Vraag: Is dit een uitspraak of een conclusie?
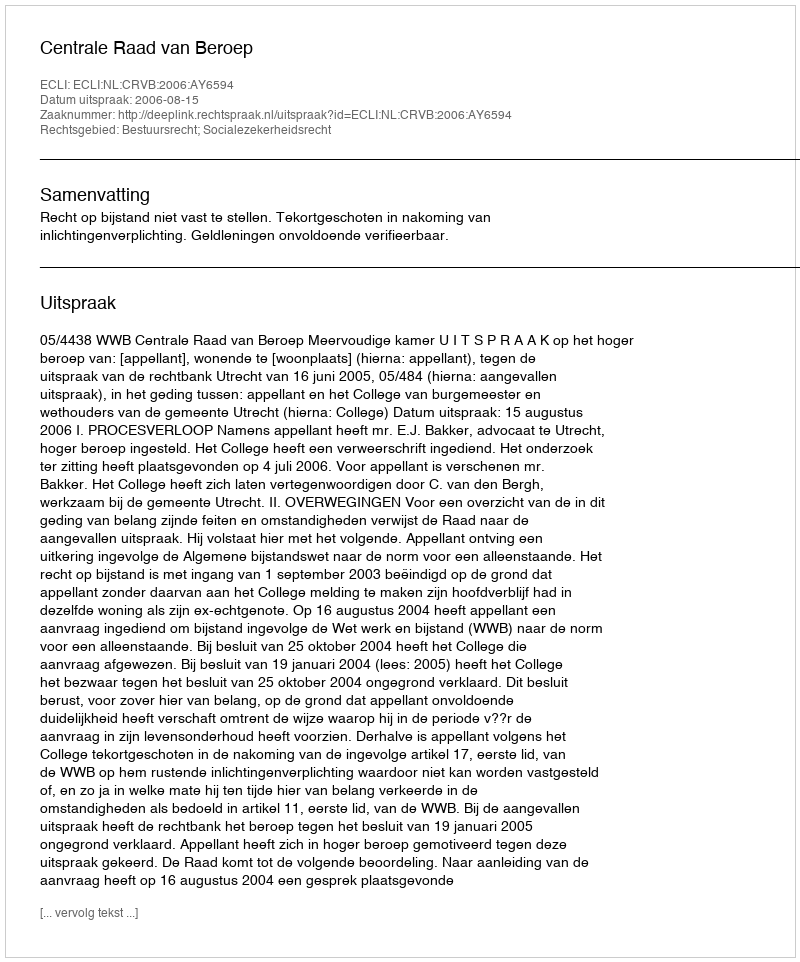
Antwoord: Uitspraak